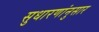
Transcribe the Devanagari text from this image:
सुधारणांनुसार